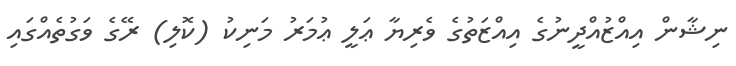
ނިޝާން އިއްޒުއްދީނުގެ އިއްޒަތުގެ ވެރިޔާ ޢަލީ ޢުމަރު މަނިކު (ކޮލި) ރޭގެ ވަގުތެއްގައި